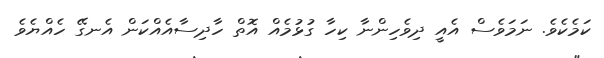
ކަމެކެވެ. ނަމަވެސް އެއީ ދިވެހިންނާ ކިހާ ގުޅުމެއް އޮތް ހާދިސާއެއްކަން އެނގޭ ހެއްޔެވެ